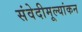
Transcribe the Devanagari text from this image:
संवेदीमूल्यांकन